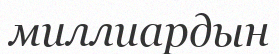
миллиардын